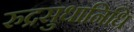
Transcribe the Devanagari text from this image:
रुद्रसुधानिधि